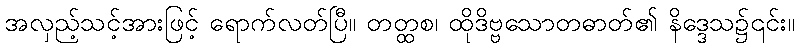
အလှည့်သင့်အားဖြင့် ရောက်လတ်ပြီ။ တတ္ထစ၊ ထိုဒိဗ္ဗသောတဓာတ်၏ နိဒ္ဒေသ၌၎င်း။